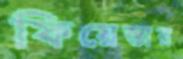
ফিয়েস্তার